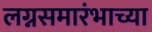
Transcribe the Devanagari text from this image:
लग्नसमारंभाच्या